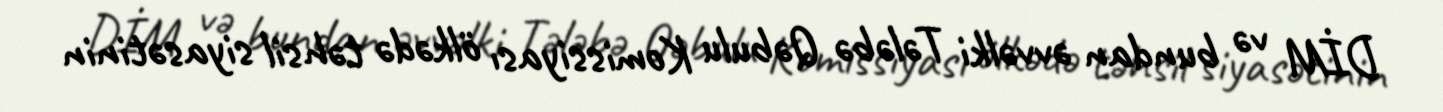
DİM və bundan əvvəlki Tələbə Qəbulu Komissiyası ölkədə təhsil siyasətinin